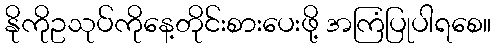
နိုကိုဥသုပ်ကိုနေ့တိုင်းစားပေးဖို့ အကြံပြုပါရစေ။